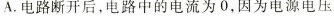
A.电路断开后，电路中的电流为0，因为电源电压